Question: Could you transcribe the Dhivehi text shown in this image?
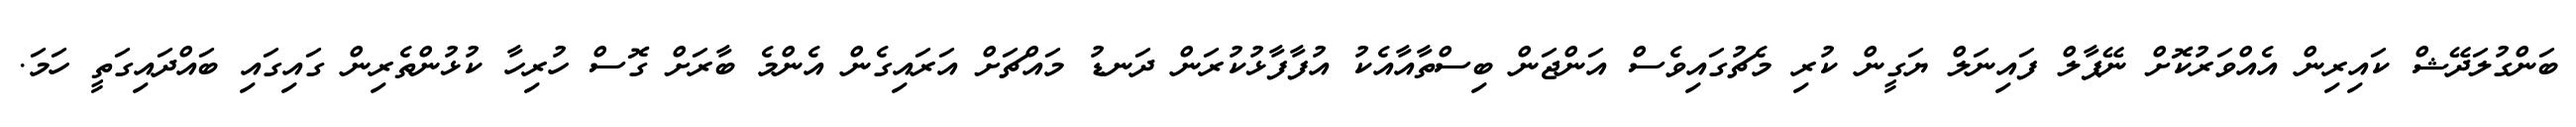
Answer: ބަންގުލަދޭޝް ކައިރިން އެއްވަރުކޮށް ނޭޕާލް ފައިނަލް ޔަގީން ކުރި މެޗުގައިވެސް އަންޖަން ބިސްތާއާއެކު އުފާފާޅުކުރަން ދަނޑު މައްޗަށް އަރައިގެން އެންމެ ބާރަށް ގޮސް ހުރިހާ ކުޅުންތެރިން ގައިގައި ބައްދައިގަތީ ހަމަ.